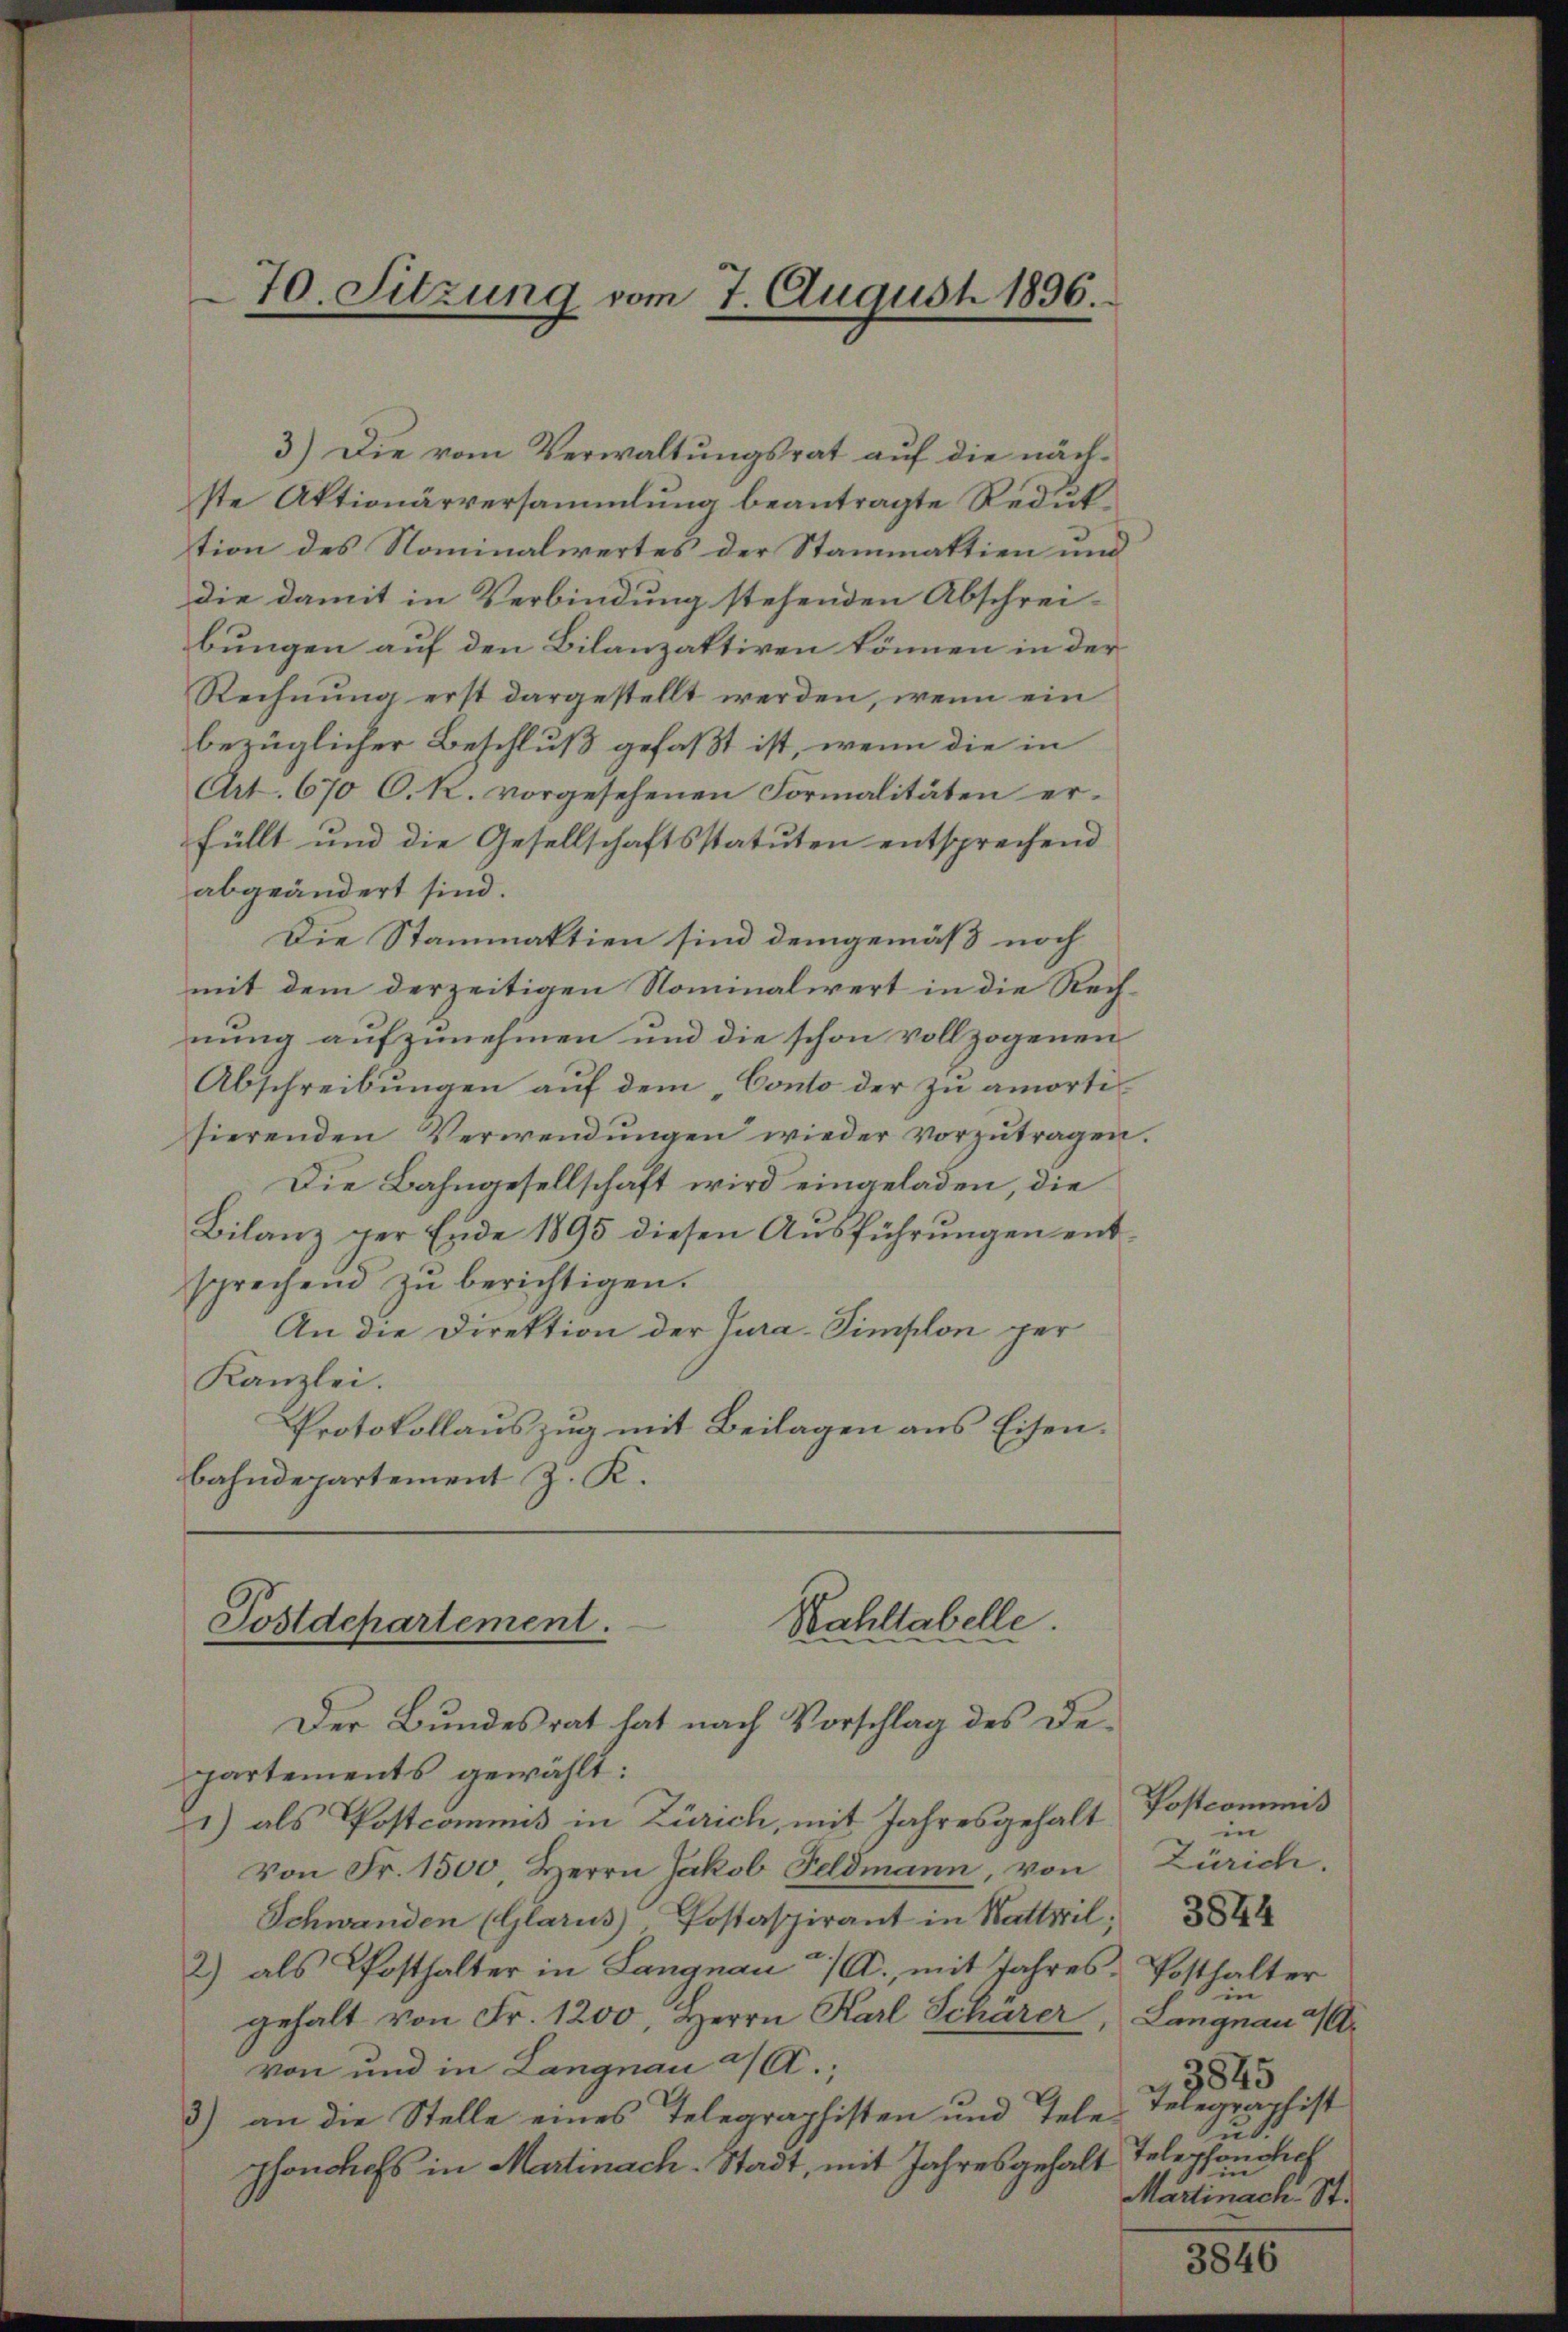
70. Sitzung vom 7. August 1896.

3.) Die vom Verwaltungsrat auf die nächste Aktionärversammlung beantragte Reduttion des Nominalwertes der Stammattien und
die damit in Verbindung stehenden Abschrei-
bungen auf den Bilanzaktiven können in der
Rechnung erst dargestellt werden, wenn ein
bezüglicher Beschluß gefaßt ist, wenn die in
Art. 670 C. R. vorgesehenen Formalitäten er-
füllt und die Gesellschaftsstatuten entsprechend
abgeändert sind.
Die Stammaktien sind demgemäß noch
mit dem derzeitigen Nominalwert in die Rechnung aufzunehmen und die schon vollzogenen
Abschreibungen auf dem „Conto der zu amortisierenden Verwendŭngen wieder vorzŭtragen.
Die Bahngesellschaft wird eingeladen, die
Bilanz per Ende 1895 diesen Ausführungen entsprechend zu berichtigen.
An die Direktion der Jura-Simplon per
Kanzlei.
Protokollauszug mit Beilagen aus Eisen.
bahndepartement J. K.

Rahltabelle.
Postdepartement.
Der Bundesrat hat nach Vorschlag des De¬

partements gewählt:
1) als Postcommis in Zürich, mit Jahresgehalt
Von Fr. 1500 Herrn Jakob Feldmann, von
Schwanden (Glarus Postspirant in Wattwil 844
2) als Posthalter in Langnau a/A., mit Jahres Posthalter
gehalt von Fr. 1200, Herrn Karl Schärer
von und in Langnau a/A.,
3) an die Stelle eines Telegraphisten und Tele Telegraphist
phonhofs in Martinach. Stadt, mit Jahresgehalt

Postcommis
in
Zürich.
in
Langnau u.
3845
ud.
Telephonslich
in
Martinach St.

3846